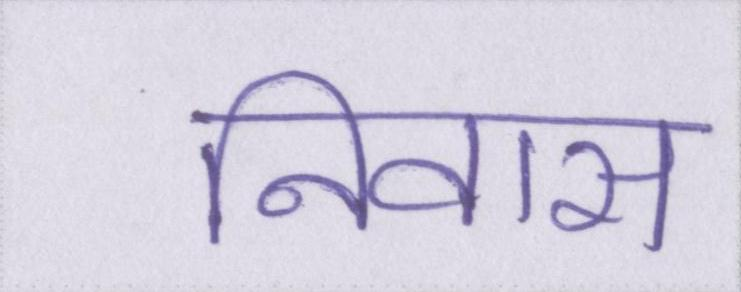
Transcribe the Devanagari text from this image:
निवास